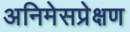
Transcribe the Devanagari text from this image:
अनिमेसप्रेक्षण